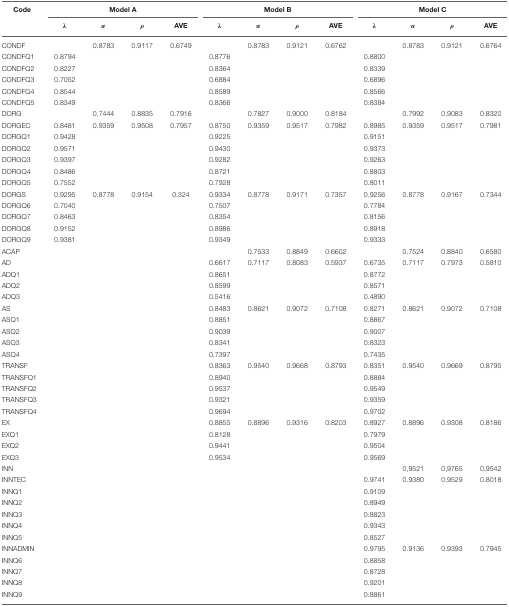
<table><thead><tr><td><b>Code</b></td><td colspan="4"><b>Model A</b></td><td colspan="4"><b>Model B</b></td><td colspan="4"><b>Model C</b></td></tr><tr><td></td><td><b>λ</b></td><td><b>α</b></td><td><b>ρ</b></td><td><b>AVE</b></td><td><b>λ</b></td><td><b>α</b></td><td><b>ρ</b></td><td><b>AVE</b></td><td><b>λ</b></td><td><b>α</b></td><td><b>ρ</b></td><td><b>AVE</b></td></tr></thead><tbody><tr><td>CONDF</td><td></td><td>0.8783</td><td>0.9117</td><td>0.6749</td><td></td><td>0.8783</td><td>0.9121</td><td>0.6762</td><td></td><td>0.8783</td><td>0.9121</td><td>0.6764</td></tr><tr><td>CONDFQ1</td><td>0.8794</td><td></td><td></td><td></td><td>0.8776</td><td></td><td></td><td></td><td>0.8800</td><td></td><td></td><td></td></tr><tr><td>CONDFQ2</td><td>0.8227</td><td></td><td></td><td></td><td>0.8364</td><td></td><td></td><td></td><td>0.8339</td><td></td><td></td><td></td></tr><tr><td>CONDFQ3</td><td>0.7052</td><td></td><td></td><td></td><td>0.6884</td><td></td><td></td><td></td><td>0.6896</td><td></td><td></td><td></td></tr><tr><td>CONDFQ4</td><td>0.8544</td><td></td><td></td><td></td><td>0.8589</td><td></td><td></td><td></td><td>0.8566</td><td></td><td></td><td></td></tr><tr><td>CONDFQ5</td><td>0.8349</td><td></td><td></td><td></td><td>0.8366</td><td></td><td></td><td></td><td>0.8384</td><td></td><td></td><td></td></tr><tr><td>DORG</td><td></td><td>0.7444</td><td>0.8835</td><td>0.7916</td><td></td><td>0.7827</td><td>0.9000</td><td>0.8184</td><td></td><td>0.7992</td><td>0.9083</td><td>0.8320</td></tr><tr><td>DORGEC</td><td>0.8481</td><td>0.9359</td><td>0.9508</td><td>0.7957</td><td>0.8750</td><td>0.9359</td><td>0.9517</td><td>0.7982</td><td>0.8985</td><td>0.9359</td><td>0.9517</td><td>0.7981</td></tr><tr><td>DORGQ1</td><td>0.9428</td><td></td><td></td><td></td><td>0.9225</td><td></td><td></td><td></td><td>0.9151</td><td></td><td></td><td></td></tr><tr><td>DORGQ2</td><td>0.9571</td><td></td><td></td><td></td><td>0.9430</td><td></td><td></td><td></td><td>0.9373</td><td></td><td></td><td></td></tr><tr><td>DORGQ3</td><td>0.9397</td><td></td><td></td><td></td><td>0.9282</td><td></td><td></td><td></td><td>0.9263</td><td></td><td></td><td></td></tr><tr><td>DORGQ4</td><td>0.8486</td><td></td><td></td><td></td><td>0.8721</td><td></td><td></td><td></td><td>0.8803</td><td></td><td></td><td></td></tr><tr><td>DORGQ5</td><td>0.7552</td><td></td><td></td><td></td><td>0.7928</td><td></td><td></td><td></td><td>0.8011</td><td></td><td></td><td></td></tr><tr><td>DORGS</td><td>0.9295</td><td>0.8778</td><td>0.9154</td><td>0.324</td><td>0.9334</td><td>0.8778</td><td>0.9171</td><td>0.7357</td><td>0.9256</td><td>0.8778</td><td>0.9167</td><td>0.7344</td></tr><tr><td>DORGQ6</td><td>0.7040</td><td></td><td></td><td></td><td>0.7507</td><td></td><td></td><td></td><td>0.7784</td><td></td><td></td><td></td></tr><tr><td>DORGQ7</td><td>0.8463</td><td></td><td></td><td></td><td>0.8354</td><td></td><td></td><td></td><td>0.8156</td><td></td><td></td><td></td></tr><tr><td>DORGQ8</td><td>0.9152</td><td></td><td></td><td></td><td>0.8986</td><td></td><td></td><td></td><td>0.8918</td><td></td><td></td><td></td></tr><tr><td>DORGQ9</td><td>0.9381</td><td></td><td></td><td></td><td>0.9349</td><td></td><td></td><td></td><td>0.9333</td><td></td><td></td><td></td></tr><tr><td>ACAP</td><td></td><td></td><td></td><td></td><td></td><td>0.7533</td><td>0.8849</td><td>0.6602</td><td></td><td>0.7524</td><td>0.8840</td><td>0.6580</td></tr><tr><td>AD</td><td></td><td></td><td></td><td></td><td>0.6617</td><td>0.7117</td><td>0.8083</td><td>0.5937</td><td>0.6735</td><td>0.7117</td><td>0.7973</td><td>0.5810</td></tr><tr><td>ADQ1</td><td></td><td></td><td></td><td></td><td>0.8651</td><td></td><td></td><td></td><td>0.8772</td><td></td><td></td><td></td></tr><tr><td>ADQ2</td><td></td><td></td><td></td><td></td><td>0.8599</td><td></td><td></td><td></td><td>0.8571</td><td></td><td></td><td></td></tr><tr><td>ADQ3</td><td></td><td></td><td></td><td></td><td>0.5416</td><td></td><td></td><td></td><td>0.4890</td><td></td><td></td><td></td></tr><tr><td>AS</td><td></td><td></td><td></td><td></td><td>0.8483</td><td>0.8621</td><td>0.9072</td><td>0.7108</td><td>0.8271</td><td>0.8621</td><td>0.9072</td><td>0.7108</td></tr><tr><td>ASQ1</td><td></td><td></td><td></td><td></td><td>0.8851</td><td></td><td></td><td></td><td>0.8867</td><td></td><td></td><td></td></tr><tr><td>ASQ2</td><td></td><td></td><td></td><td></td><td>0.9039</td><td></td><td></td><td></td><td>0.9007</td><td></td><td></td><td></td></tr><tr><td>ASQ3</td><td></td><td></td><td></td><td></td><td>0.8341</td><td></td><td></td><td></td><td>0.8323</td><td></td><td></td><td></td></tr><tr><td>ASQ4</td><td></td><td></td><td></td><td></td><td>0.7397</td><td></td><td></td><td></td><td>0.7435</td><td></td><td></td><td></td></tr><tr><td>TRANSF</td><td></td><td></td><td></td><td></td><td>0.8363</td><td>0.9540</td><td>0.9668</td><td>0.8793</td><td>0.8351</td><td>0.9540</td><td>0.9669</td><td>0.8795</td></tr><tr><td>TRANSFQ1</td><td></td><td></td><td></td><td></td><td>0.8940</td><td></td><td></td><td></td><td>0.8884</td><td></td><td></td><td></td></tr><tr><td>TRANSFQ2</td><td></td><td></td><td></td><td></td><td>0.9537</td><td></td><td></td><td></td><td>0.9549</td><td></td><td></td><td></td></tr><tr><td>TRANSFQ3</td><td></td><td></td><td></td><td></td><td>0.9321</td><td></td><td></td><td></td><td>0.9359</td><td></td><td></td><td></td></tr><tr><td>TRANSFQ4</td><td></td><td></td><td></td><td></td><td>0.9694</td><td></td><td></td><td></td><td>0.9702</td><td></td><td></td><td></td></tr><tr><td>EX</td><td></td><td></td><td></td><td></td><td>0.8855</td><td>0.8896</td><td>0.9316</td><td>0.8203</td><td>0.8927</td><td>0.8896</td><td>0.9308</td><td>0.8186</td></tr><tr><td>EXQ1</td><td></td><td></td><td></td><td></td><td>0.8128</td><td></td><td></td><td></td><td>0.7979</td><td></td><td></td><td></td></tr><tr><td>EXQ2</td><td></td><td></td><td></td><td></td><td>0.9441</td><td></td><td></td><td></td><td>0.9504</td><td></td><td></td><td></td></tr><tr><td>EXQ3</td><td></td><td></td><td></td><td></td><td>0.9534</td><td></td><td></td><td></td><td>0.9569</td><td></td><td></td><td></td></tr><tr><td>INN</td><td></td><td></td><td></td><td></td><td></td><td></td><td></td><td></td><td></td><td>0,9521</td><td>0,9765</td><td>0,9542</td></tr><tr><td>INNTEC</td><td></td><td></td><td></td><td></td><td></td><td></td><td></td><td></td><td>0.9741</td><td>0.9380</td><td>0.9529</td><td>0.8018</td></tr><tr><td>INNQ1</td><td></td><td></td><td></td><td></td><td></td><td></td><td></td><td></td><td>0.9109</td><td></td><td></td><td></td></tr><tr><td>INNQ2</td><td></td><td></td><td></td><td></td><td></td><td></td><td></td><td></td><td>0.8949</td><td></td><td></td><td></td></tr><tr><td>INNQ3</td><td></td><td></td><td></td><td></td><td></td><td></td><td></td><td></td><td>0.8823</td><td></td><td></td><td></td></tr><tr><td>INNQ4</td><td></td><td></td><td></td><td></td><td></td><td></td><td></td><td></td><td>0.9343</td><td></td><td></td><td></td></tr><tr><td>INNQ5</td><td></td><td></td><td></td><td></td><td></td><td></td><td></td><td></td><td>0.8527</td><td></td><td></td><td></td></tr><tr><td>INNADMIN</td><td></td><td></td><td></td><td></td><td></td><td></td><td></td><td></td><td>0.9795</td><td>0.9136</td><td>0.9393</td><td>0.7945</td></tr><tr><td>INNQ6</td><td></td><td></td><td></td><td></td><td></td><td></td><td></td><td></td><td>0.8858</td><td></td><td></td><td></td></tr><tr><td>INNQ7</td><td></td><td></td><td></td><td></td><td></td><td></td><td></td><td></td><td>0.8728</td><td></td><td></td><td></td></tr><tr><td>INNQ8</td><td></td><td></td><td></td><td></td><td></td><td></td><td></td><td></td><td>0.9201</td><td></td><td></td><td></td></tr><tr><td>INNQ9</td><td></td><td></td><td></td><td></td><td></td><td></td><td></td><td></td><td>0.8861</td><td></td><td></td><td></td></tr></tbody></table>